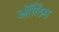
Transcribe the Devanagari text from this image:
ऑर्लिंस